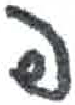
אות: פ